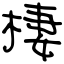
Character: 棲